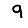
Digit: 9